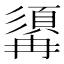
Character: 𩓾